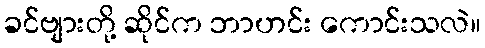
ခင်ဗျားတို့ ဆိုင်က ဘာဟင်း ကောင်းသလဲ။